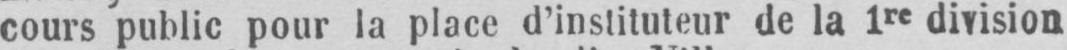
cours public pour la place d’instituteur de la 1re division